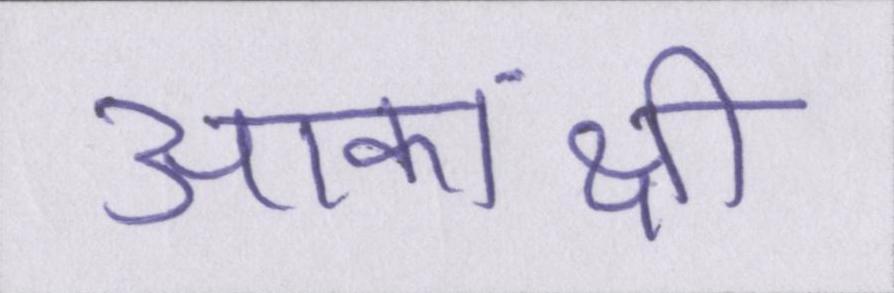
आकांक्षी